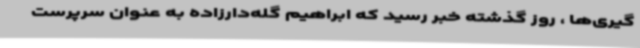
‌گیری‌ها ، روز گذشته خبر رسید که ابراهیم گله‌دارزاده به عنوان سرپرست